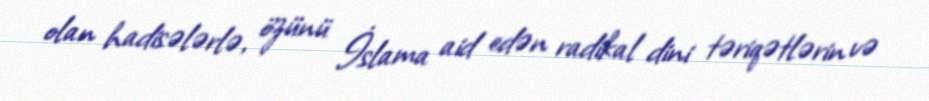
olan hadisələrlə, özünü İslama aid edən radikal dini təriqətlərin və